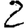
Digit: 2